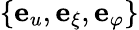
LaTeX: \{ {\mathbf e}_{u},{\mathbf e}_{\xi},{\mathbf e}_{\varphi}\}